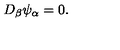
D _ { \beta } \psi _ { \alpha } = 0 .